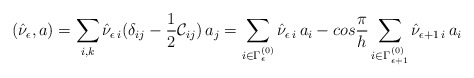
\begin{align*}(\hat{\nu}_{\epsilon},a) = \sum_{i,k}\hat{\nu}_{\epsilon\,i}(\delta_{ij}-\frac{1}{2}{\cal C}_{ij})\,a_j = \sum_{i\in\Gamma_{\epsilon}^{(0)}}\hat{\nu}_{\epsilon\,i}\,a_i - cos\frac{\pi}{h} \sum_{i\in\Gamma_{\epsilon+1}^{(0)}}\hat{\nu}_{\epsilon+1\,i}\,a_i\end{align*}